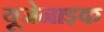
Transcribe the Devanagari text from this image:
यूजेनाइक